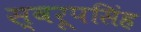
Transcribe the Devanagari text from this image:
स्वरूपसिंह